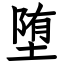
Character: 堕